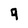
Character: 9